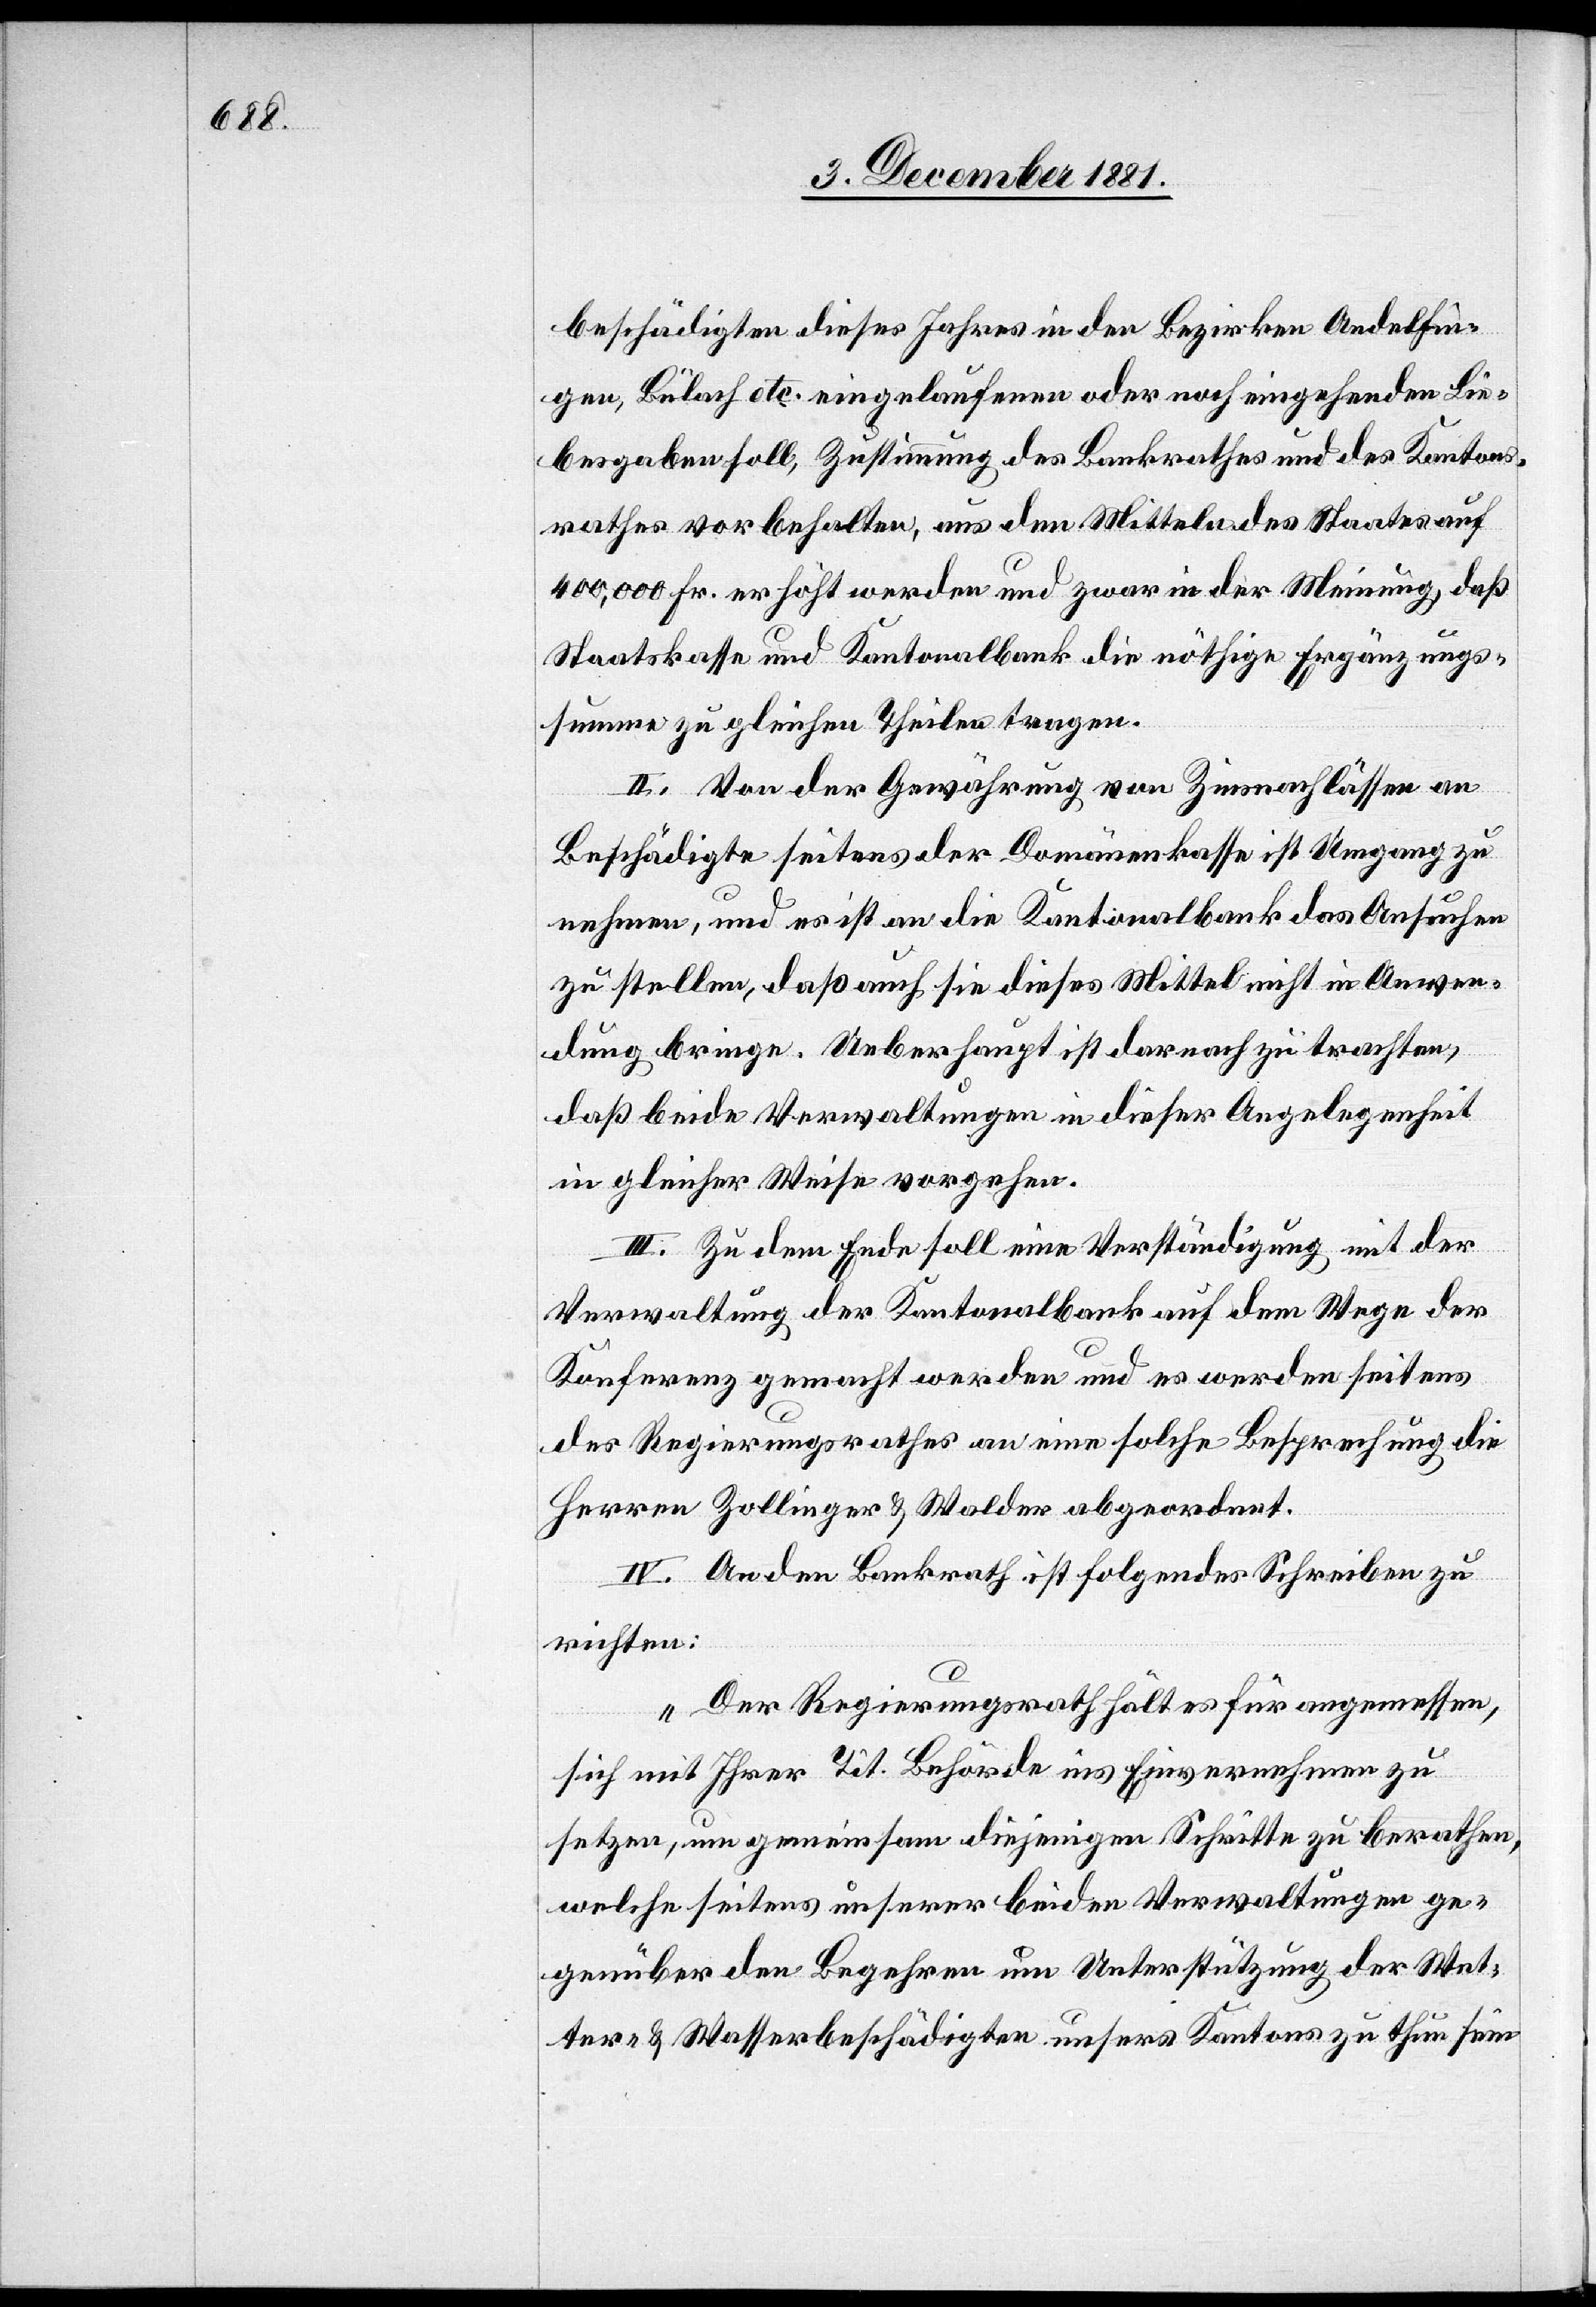
beschädigten dieses Jahres in den Bezirken Andelfin¬
gen, Bülach etc. eingelaufenen oder noch eingehenden Lie¬
besgaben soll, Zustimmung des Bankrathes und des Kantons¬
rathes vorbehalten, aus den Mitteln des Staates auf
400,000 Fr. erhöht werden und zwar in der Meinung, daß
Staatskasse und Kantonalbank die nöthige Ergänzungs¬
summe zu gleichen Theilen tragen.
II. Von der Gewährung von Zinsnachlässen an
Beschädigte seitens der Domänenkasse ist Umgang zu
nehmen, und es ist an die Kantonalbank das Ansuchen
zu stellen, daß auch sie dieses Mittel nicht in Anwen¬
dung bringe. Ueberhaupt ist dernach zu trachten,
daß beide Verwaltungen in dieser Angelegenheit
in gleicher Weise vorgehen.
III. Zu dem Ende soll eine Verständigung mit der
Verwaltung der Kantonalbank auf dem Wege der
Konferenz gemacht werden und es werden seitens
des Regierungsrathes an eine solche Besprechung die
Herren Zollinger & Walder abgeordnet.
IV. An den Bankrath ist folgendes Schreiben zu
richten:
„Der Regierungsrath hält es für angemessen,
sich mit Ihrer Tit. Behörde ins Einvernehmen zu
setzen, um gemeinsam diejenigen Schritte zu berathen,
welche seitens unserer beiden Verwaltungen ge¬
genüber den Begehren um Unterstützung der Wet¬
ter- & Wasserbeschädigten unsers Kantons zu thun sein